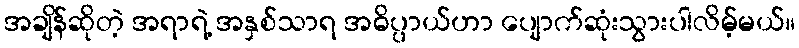
အချိန်ဆိုတဲ့ အရာရဲ့ အနှစ်သာရ အဓိပ္ပာယ်ဟာ ပျောက်ဆုံးသွားပါလိမ့်မယ်။